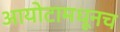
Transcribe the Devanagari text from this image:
आयोटामधूनच